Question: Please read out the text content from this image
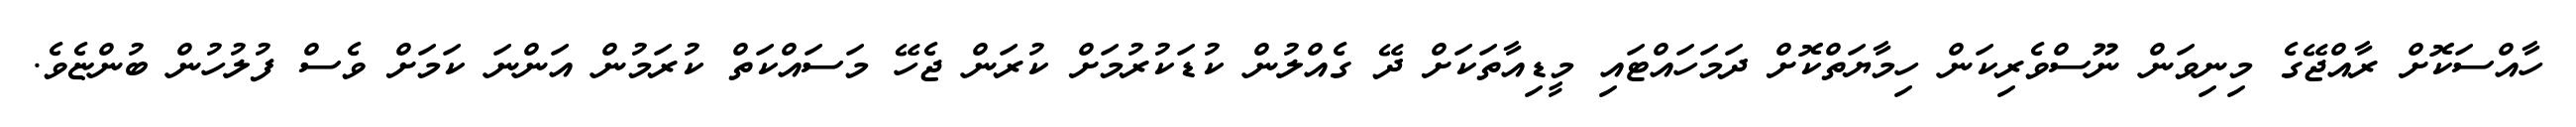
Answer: ހާއްސަކޮށް ރާއްޖޭގެ މިނިވަން ނޫސްވެރިކަން ހިމާޔަތްކޮށް ދަމަހައްޓައި މީޑިއާތަކަށް ދޭ ގެއްލުން ކުޑަކުރުމަށް ކުރަން ޖެހޭ މަސައްކަތް ކުރަމުން އަންނަ ކަމަށް ވެސް ފުލުހުން ބުންޏެވެ.